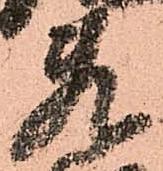
敷